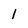
Character: 1